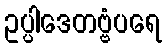
ဥပ္ပါဒေတဗ္ဗံပရေ